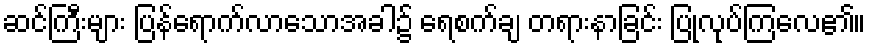
ဆင်ကြီးများ ပြန်ရောက်လာသောအခါ၌ ရေစက်ချ တရားနာခြင်း ပြုလုပ်ကြလေ၏။